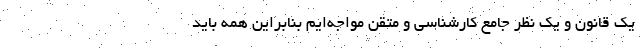
یک قانون و یک نظر جامع کارشناسی و متقن مواجه‌ایم بنابراین همه باید